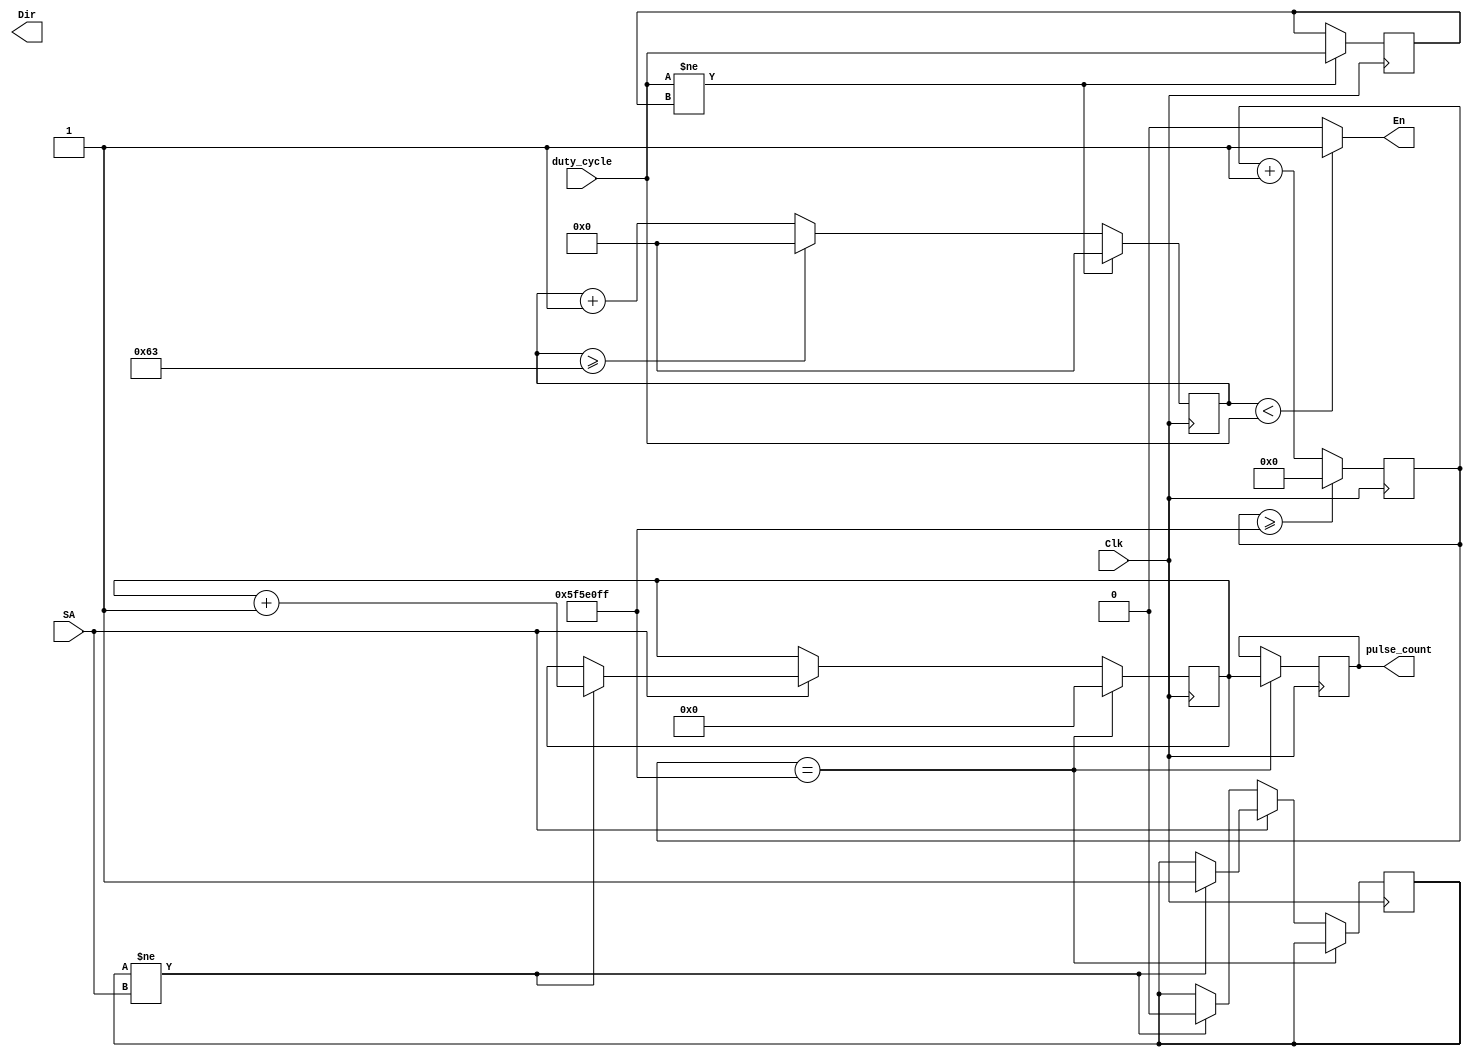
`timescale 1ns / 1ps
//////////////////////////////////////////////////////////////////////////////////
// Company: 
// Engineer: 
// 
// Design Name: 
// Module Name: OurPmodHB3D
// Project Name: 
// Target Devices: 
// Tool Versions: 
// Description: 
// 
// Dependencies: 
// 
// Revision:
// Revision 0.01 - File Created
// Additional Comments:
// 
//////////////////////////////////////////////////////////////////////////////////


module OurPmodHB3D(
    input Clk,
    input SA,
    input [6:0] duty_cycle,
    output Dir,
    output En,
    output [31:0] pulse_count
    );
    reg [6:0] pwm_counter = 7'd0;
    reg [6:0] duty_cycle_pre = 7'd0;
    reg [26:0] counter_1s = 27'd0;
    reg SA_pre = 1'd0;
    reg [31:0] pulse_count_reg = 32'd0;
    reg [31:0] pulse_reg;
    
    //PWM Counter
    always @(posedge Clk) begin
    if(duty_cycle != duty_cycle_pre) begin
    pwm_counter <= 7'd0;
    duty_cycle_pre <= duty_cycle;
    end
    else begin
    pwm_counter <= pwm_counter + 1'b1;
    if(pwm_counter >= 7'd99)
    pwm_counter <= 7'd0;
    end
    end
    
    assign En = (pwm_counter < duty_cycle) ? 1:0;
    
    //Count for 1s
     always @(posedge Clk) begin
     counter_1s <= counter_1s + 1'b1;
     if(counter_1s >=27'd99999999)
     counter_1s <= 27'd0;
     end
     
     
     always @(posedge Clk) begin
     if(counter_1s == 27'd99999999) begin
     pulse_reg <= pulse_count_reg;
     pulse_count_reg <= 32'd0;     
     end
     else if(SA) begin
     if(SA_pre != SA) begin
     SA_pre <= SA;
     pulse_count_reg <= pulse_count_reg + 1'b1;    
     end
     end
     else if(!SA) begin
     if(SA_pre != SA) begin
     SA_pre <= SA;     
     end
     end
     end
     
     assign pulse_count = pulse_reg;
endmodule